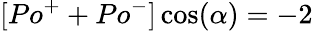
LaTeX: [Po^{+}+Po^{-}]\cos(\alpha)=-2